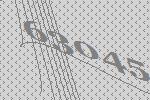
63045